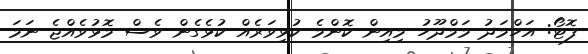
ފޮޓޯ: އަހްމަދު މަމްދޫހު މިއިން ކޮންމެ ކުޅިވަރެއް ކުޅެގެން ވެސް މޮޅުވެއްޖެ ނަމަ